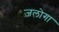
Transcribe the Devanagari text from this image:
ज़लोगा